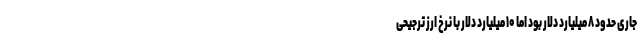
جاری حدود ۸ میلیارد دلار بود اما ۱۰ میلیارد دلار با نرخ ارز ترجیحی